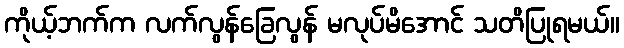
ကိုယ့်ဘက်က လက်လွန်ခြေလွန် မလုပ်မိအောင် သတိပြုရမယ်။